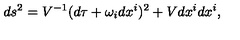
d s ^ { 2 } = V ^ { - 1 } ( d \tau + \omega _ { i } d x ^ { i } ) ^ { 2 } + V d x ^ { i } d x ^ { i } ,